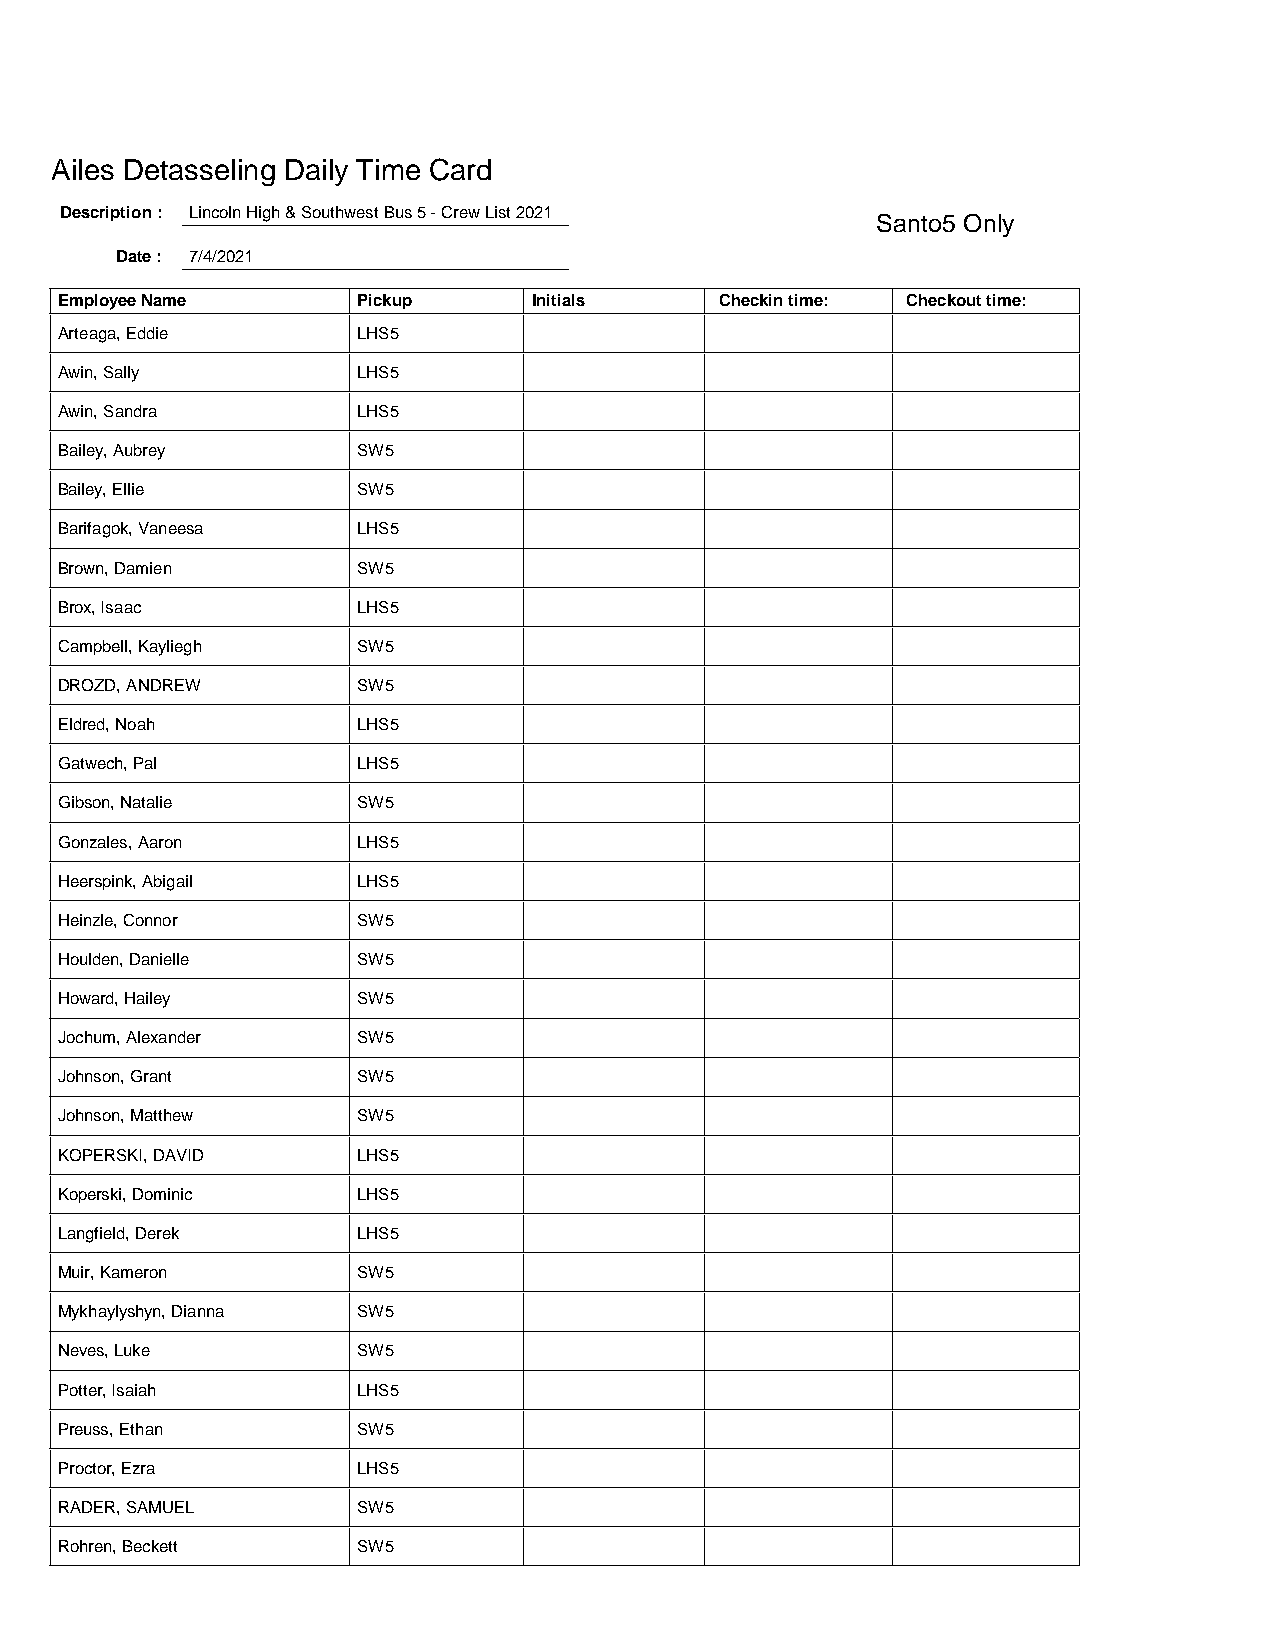
Ailes Detasseling Daily Time Card
 Description : Lincoln High & Southwest Bus 5 - Crew List 2021
 Santo5 Only
 Date : 7/4/2021
 Employee Name       Pickup     Initials     Checkin time: Checkout time:
 Arteaga, Eddie      LHS5
 Awin, Sally         LHS5
 Awin, Sandra        LHS5
 Bailey, Aubrey      SW5
 Bailey, Ellie       SW5
 Barifagok, Vaneesa  LHS5
 Brown, Damien       SW5
 Brox, Isaac         LHS5
 Campbell, Kayliegh  SW5
 DROZD, ANDREW       SW5
 Eldred, Noah        LHS5
 Gatwech, Pal        LHS5
 Gibson, Natalie     SW5
 Gonzales, Aaron     LHS5
 Heerspink, Abigail  LHS5
 Heinzle, Connor     SW5
 Houlden, Danielle   SW5
 Howard, Hailey      SW5
 Jochum, Alexander   SW5
 Johnson, Grant      SW5
 Johnson, Matthew    SW5
 KOPERSKI, DAVID     LHS5
 Koperski, Dominic   LHS5
 Langfield, Derek    LHS5
 Muir, Kameron       SW5
 Mykhaylyshyn, Dianna SW5
 Neves, Luke         SW5
 Potter, Isaiah      LHS5
 Preuss, Ethan       SW5
 Proctor, Ezra       LHS5
 RADER, SAMUEL       SW5
 Rohren, Beckett     SW5